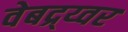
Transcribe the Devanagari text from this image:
वेबद्र्य्वर